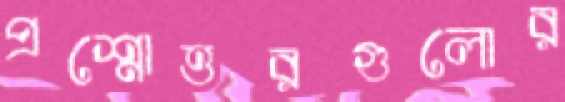
প্রশ্নোত্তরগুলোর